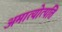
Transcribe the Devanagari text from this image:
अमात्योत्पत्ति